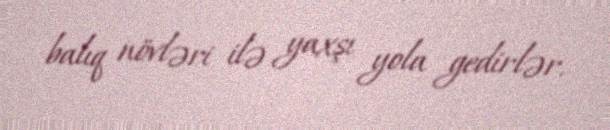
balıq növləri ilə yaxşı yola gedirlər.